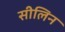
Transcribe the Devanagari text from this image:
सीलिन